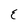
Character: E